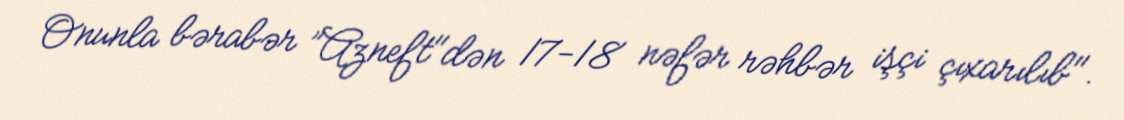
Onunla bərabər ”Azneft"dən 17-18 nəfər rəhbər işçi çıxarılıb".